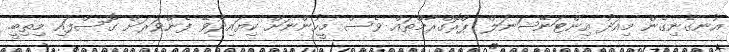
އުނގެނިގެން މިއަދު އިންޓަނޭޝަނަލް ޕްރޮގްރާމްތައް ވެސް މީހުންނަށް ކިޔައިދެވޭ ފެންވަރަށް ގޮސްފައި މިތިބީ.